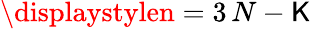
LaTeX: \displaystylen=3\, N-\mathsf{K}